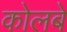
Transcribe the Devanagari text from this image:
कोलबे